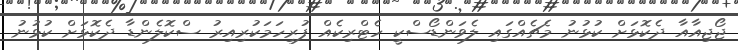
ޖޯޖިއާއާ ދެކޮޅަށް ކުޅުނު މެޗެއްގައި ލެވަންޑޯސްކީ ހެޓްރިކެއް ފުރިހަމަކުރިއިރު ސްކޮލެންޑާ ދެކޮޅަށް ކުޅުނު